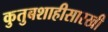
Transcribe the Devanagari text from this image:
कुतुबशाहीसारखी